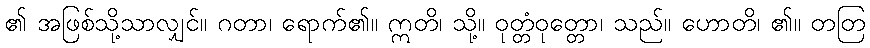
၏ အဖြစ်သို့သာလျှင်။ ဂတာ၊ ရောက်၏။ ဣတိ၊ သို့။ ဝုတ္တံဝုတ္တော၊ သည်။ ဟောတိ၊ ၏။ တတြ